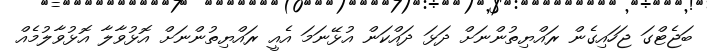
ބަޖެޓްގަ ޖަހައިގެން ރައްޔިތުންނަށް ދަޅަ ދައްކަން އުޅޭނަމަ އެއީ ރައްޔިތުންނަށް އޮޅުވާލާ އޮޅުވާލުމެއް